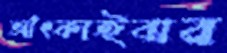
আঁৎকাইবার